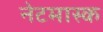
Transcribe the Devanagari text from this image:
नेटमास्क